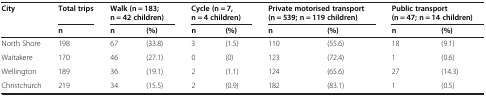
<table><thead><tr><td><b>City</b></td><td><b>Total trips</b></td><td colspan="2"><b>Walk (n = 183; n = 42 children)</b></td><td colspan="2"><b>Cycle (n = 7, n = 4 children)</b></td><td colspan="2"><b>Private motorised transport (n = 539; n = 119 children)</b></td><td colspan="2"><b>Public transport (n = 47; n = 14 children)</b></td></tr><tr><td><b> </b></td><td><b>n</b></td><td><b>n</b></td><td><b>(%)</b></td><td><b>n</b></td><td><b>(%)</b></td><td><b>n</b></td><td><b>(%)</b></td><td><b>n</b></td><td><b>(%)</b></td></tr></thead><tbody><tr><td>North Shore</td><td>198</td><td>67</td><td>(33.8)</td><td>3</td><td>(1.5)</td><td>110</td><td>(55.6)</td><td>18</td><td>(9.1)</td></tr><tr><td>Waitakere</td><td>170</td><td>46</td><td>(27.1)</td><td>0</td><td>(0)</td><td>123</td><td>(72.4)</td><td>1</td><td>(0.6)</td></tr><tr><td>Wellington</td><td>189</td><td>36</td><td>(19.1)</td><td>2</td><td>(1.1)</td><td>124</td><td>(65.6)</td><td>27</td><td>(14.3)</td></tr><tr><td>Christchurch</td><td>219</td><td>34</td><td>(15.5)</td><td>2</td><td>(0.9)</td><td>182</td><td>(83.1)</td><td>1</td><td>(0.5)</td></tr></tbody></table>